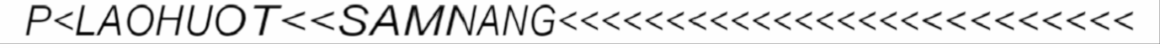
P<LAOHUOT<<SAMNANG<<<<<<<<<<<<<<<<<<<<<<<<<<